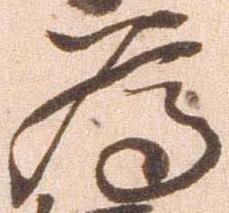
為